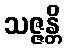
သဇ္ဇန္တိ